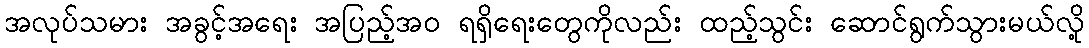
အလုပ်သမား အခွင့်အရေး အပြည့်အ၀ ရရှိရေးတွေကိုလည်း ထည့်သွင်း ဆောင်ရွက်သွားမယ်လို့